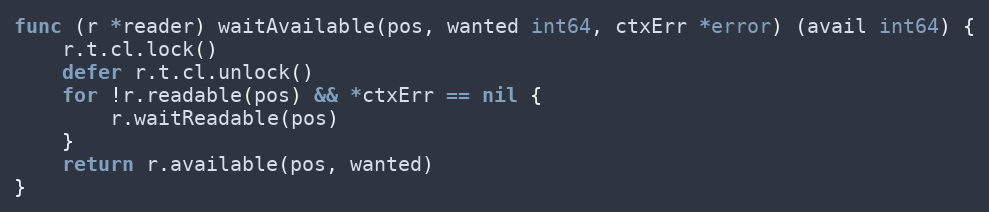
Language: Go
func (r *reader) waitAvailable(pos, wanted int64, ctxErr *error) (avail int64) {
	r.t.cl.lock()
	defer r.t.cl.unlock()
	for !r.readable(pos) && *ctxErr == nil {
		r.waitReadable(pos)
	}
	return r.available(pos, wanted)
}